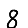
Digit: 8